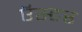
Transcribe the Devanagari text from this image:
ऍस्टर